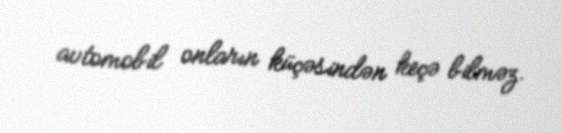
avtomobil onların küçəsindən keçə bilməz.